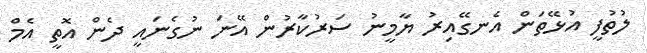
ލުތުފީ އުޅޭތަން އެނގޭއިރު ޔާމީނު ސަރުކާރުން އޭނަ ނުގެނައީ ދެން އޮތީ އެމް